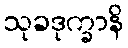
သုခဒုက္ခာနိ